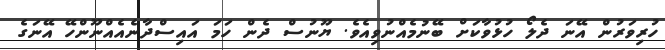
ހުރިވަރުން އޭނަ ދެލޯ ހުޅުވާކަށް ބޭނުމެއްނުވިއެވެ. ޔޫނުސް ދެން ހަމަ އައިސްދާނެއެއްނޫންހޭ އޭނަގެ